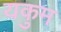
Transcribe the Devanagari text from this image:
यकुम